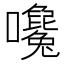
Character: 𡅛